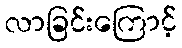
လာခြင်းကြောင့်